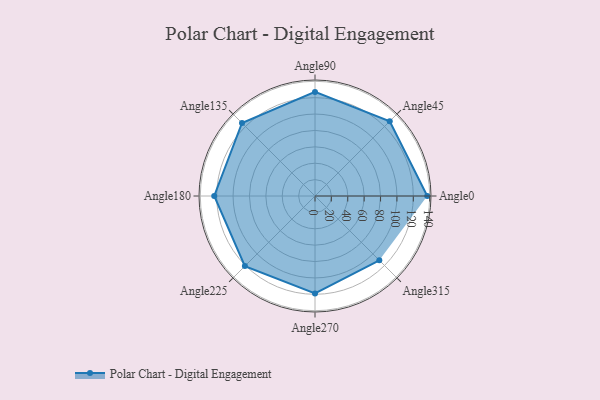
{"axis": {"x": "Angle", "y": "Radius"}, "legend": [""], "data": [{"x": "Angle0", "y": 137.0, "type": ""}, {"x": "Angle45", "y": 129.0, "type": ""}, {"x": "Angle90", "y": 127.0, "type": ""}, {"x": "Angle135", "y": 126.0, "type": ""}, {"x": "Angle180", "y": 123.0, "type": ""}, {"x": "Angle225", "y": 121.0, "type": ""}, {"x": "Angle270", "y": 119.0, "type": ""}, {"x": "Angle315", "y": 111.0, "type": ""}]}